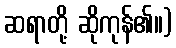
ဆရာတို့ ဆိုကုန်၏။)